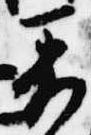
着